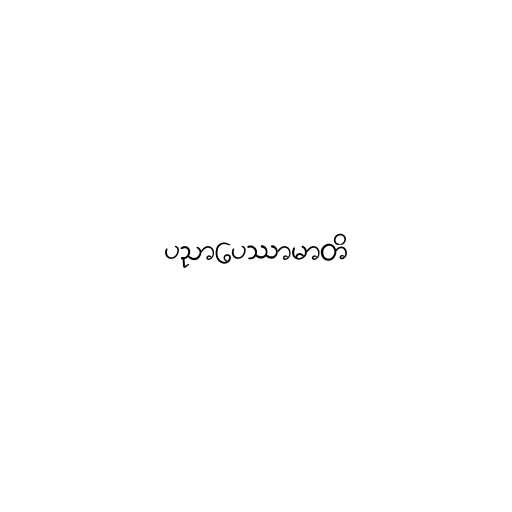
ပညာပေဿာမာတိ